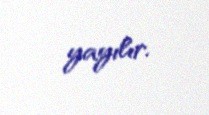
yayılır.